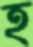
হ